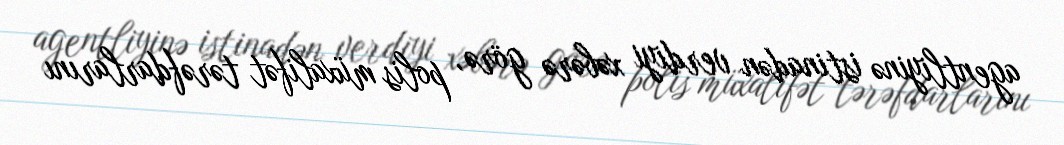
agentliyinə istinadən verdiyi xəbərə görə, polis müxalifət tərəfdarlarını